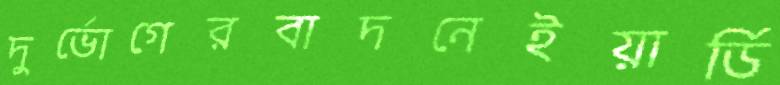
দুর্ভোগেরবাদনেইয়ার্ডি